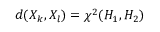
d ( X _ { k } , X _ { l } ) = \chi ^ { 2 } ( H _ { 1 } , H _ { 2 } )